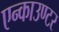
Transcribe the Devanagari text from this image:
एन्काउण्टर